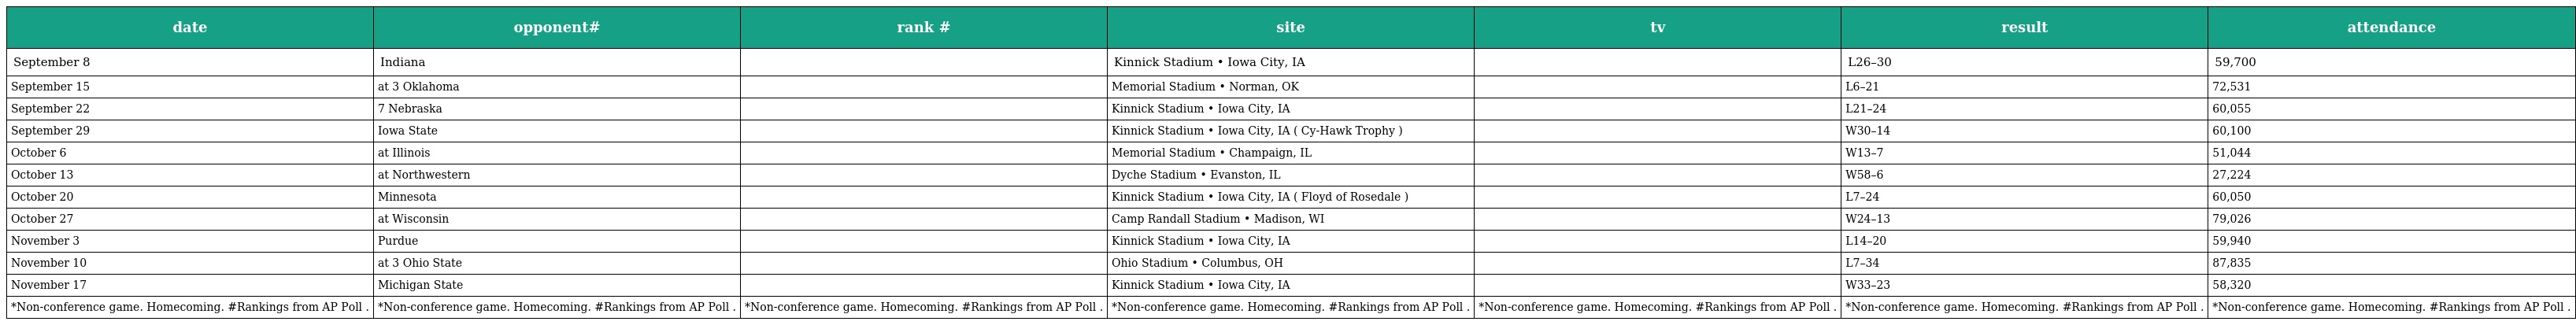
| date | opponent# | rank # | site | tv | result | attendance |
 | --- | --- | --- | --- | --- | --- | --- |
 | September 8 | Indiana |  | Kinnick Stadium • Iowa City, IA |  | L26–30 | 59,700 |
 | September 15 | at 3 Oklahoma |  | Memorial Stadium • Norman, OK |  | L6–21 | 72,531 |
 | September 22 | 7 Nebraska |  | Kinnick Stadium • Iowa City, IA |  | L21–24 | 60,055 |
 | September 29 | Iowa State |  | Kinnick Stadium • Iowa City, IA ( Cy-Hawk Trophy ) |  | W30–14 | 60,100 |
 | October 6 | at Illinois |  | Memorial Stadium • Champaign, IL |  | W13–7 | 51,044 |
 | October 13 | at Northwestern |  | Dyche Stadium • Evanston, IL |  | W58–6 | 27,224 |
 | October 20 | Minnesota |  | Kinnick Stadium • Iowa City, IA ( Floyd of Rosedale ) |  | L7–24 | 60,050 |
 | October 27 | at Wisconsin |  | Camp Randall Stadium • Madison, WI |  | W24–13 | 79,026 |
 | November 3 | Purdue |  | Kinnick Stadium • Iowa City, IA |  | L14–20 | 59,940 |
 | November 10 | at 3 Ohio State |  | Ohio Stadium • Columbus, OH |  | L7–34 | 87,835 |
 | November 17 | Michigan State |  | Kinnick Stadium • Iowa City, IA |  | W33–23 | 58,320 |
 | *Non-conference game. Homecoming. #Rankings from AP Poll . | *Non-conference game. Homecoming. #Rankings from AP Poll . | *Non-conference game. Homecoming. #Rankings from AP Poll . | *Non-conference game. Homecoming. #Rankings from AP Poll . | *Non-conference game. Homecoming. #Rankings from AP Poll . | *Non-conference game. Homecoming. #Rankings from AP Poll . | *Non-conference game. Homecoming. #Rankings from AP Poll . |